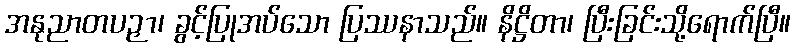
အနုညာတပဉှာ၊ ခွင့်ပြုအပ်သော ပြဿနာသည်။ နိဋ္ဌိတာ၊ ပြီးခြင်းသို့ရောက်ပြီ။